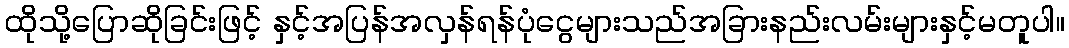
ထိုသို့ပြောဆိုခြင်းဖြင့် နှင့်အပြန်အလှန်ရန်ပုံငွေများသည်အခြားနည်းလမ်းများနှင့်မတူပါ။